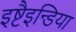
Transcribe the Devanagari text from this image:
इष्टैइन्डिया